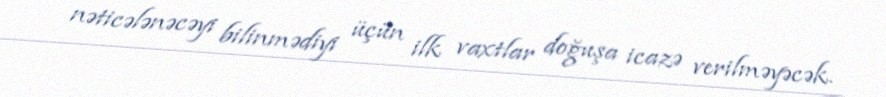
nəticələnəcəyi bilinmədiyi üçün ilk vaxtlar doğuşa icazə verilməyəcək.